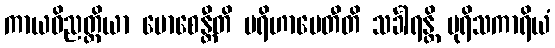
ကာယဝိညတ္တိယာ မောစေန္တီတိ ပရိဟာပေတီတိ သင်္ခါရန္တိ ပုရိသကာရိယံ